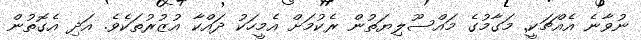
ނުވާނެ އެއްޗަކީ